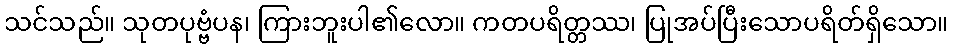
သင်သည်။ သုတပုဗ္ဗံပန၊ ကြားဘူးပါ၏လော။ ကတပရိတ္တဿ၊ ပြုအပ်ပြီးသောပရိတ်ရှိသော။